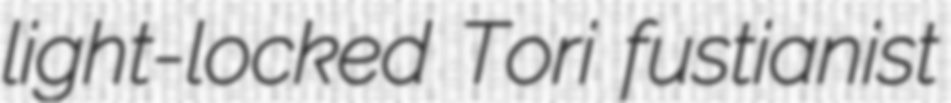
light-locked Tori fustianist